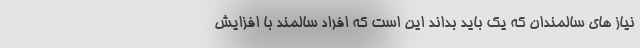
نیاز های سالمندان که یک باید بداند این است که افراد سالمند با افزایش